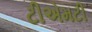
ટીએમટી